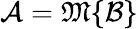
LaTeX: {\mathcal{A}}={\mathfrak{M}}\{ {\mathcal{B}}\}